Scientific memoirs by medical officers of the Army of India - Part IX,
Year: 1895
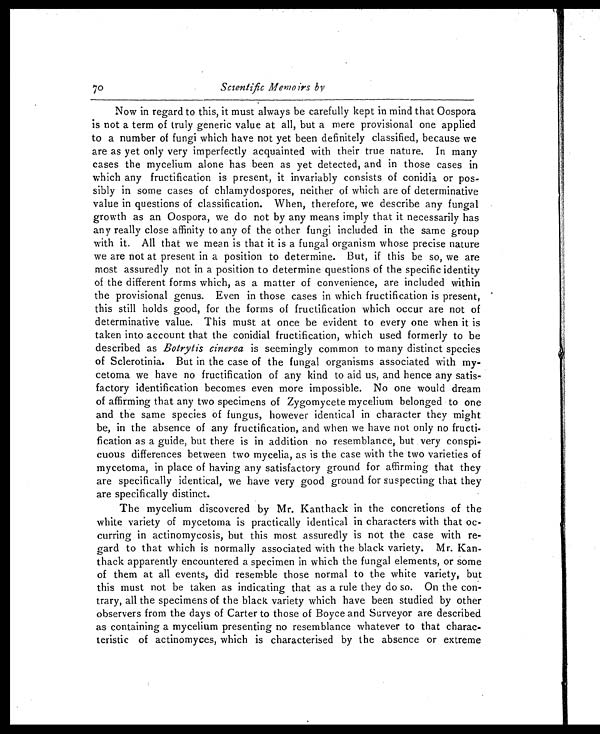
70 Scientific Memoirs by
Now in regard to this, it must always be carefully kept in mind that Oospora
is not a term of truly generic value at all, but a mere provisional one applied
to a number of fungi which have not yet been definitely classified, because we
are as yet only very imperfectly acquainted with their true nature. In many
cases the mycelium alone has been as yet detected, and in those cases in
which any fructification is present, it invariably consists of conidia or pos-
sibly in some cases of chlamydospores, neither of which are of determinative
value in questions of classification. When, therefore, we describe any fungal
growth as an Oospora, we do not by any means imply that it necessarily has
any really close affinity to any of the other fungi included in the same group
with it, All that we mean is that it is a fungal organism whose precise nature
we are not at present in a position to determine. But, if this be so, we are
most assuredly not in a position to determine questions of the specific identity
of the different forms which, as a matter of convenience, are included within
the provisional genus. Even in those cases in which fructification is present,
this still holds good, for the forms of fructification which occur are not of
determinative value. This must at once be evident to every one when it is
taken into account that the conidial fructification, which used formerly to be
described as Botrytis cinerea is seemingly common to many distinct species
of Sclerotinia. But in the case of the fungal organisms associated with my-
cetoma we have no fructification of any kind to aid us, and hence any satis-
factory identification becomes even more impossible. No one would dream
of affirming that any two specimens of Zygomycete mycelium belonged to one
and the same species of fungus, however identical in character they might
be, in the absence of any fructification, and when we have not only no fructi-
fication as a guide, but there is in addition no resemblance, but very conspi-
cuous differences between two mycelia, as is the case with the two varieties of
mycetoma, in place of having any satisfactory ground for affirming that they
are specifically identical, we have very good ground for suspecting that they
are specifically distinct.
The mycelium discovered by Mr. Kanthack in the concretions of the
white variety of mycetoma is practically identical in characters with that oc-
curring in actinomycosis, but this most assuredly is not the case with re-
gard to that which is normally associated with the black variety. Mr. Kan-
thack apparently encountered a specimen in which the fungal elements, or some
of them at all events, did resemble those normal to the white variety, but
this must not be taken as indicating that as a rule they do so. On the con-
trary, all the specimens of the black variety which have been studied by other
observers from the days of Carter to those of Boyce and Surveyor are described
as containing a mycelium presenting no resemblance whatever to that charac-
teristic of actinomyces, which is characterised by the absence or extreme